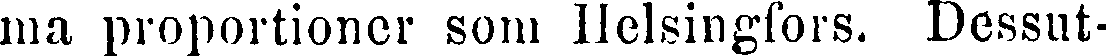
ma proportioner som Helsingfors. Dessut-